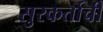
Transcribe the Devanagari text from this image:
सुरकर्ताची